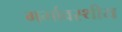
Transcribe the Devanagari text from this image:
गर्भावस्थीय